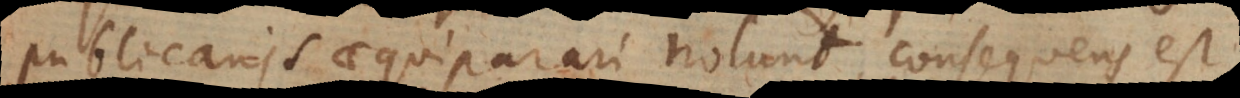
publicanis aequiparari nolunt, consequens est